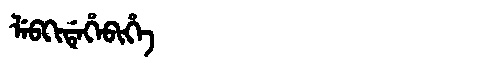
Manchu: ᠯᡝᠪᡴᡳᡩᡝᡥᡝᠪᡳᡥᡝ
Romanization: LEBKIDEHEBIHE